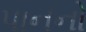
પાનનો